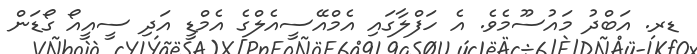
ޑރ. އަބްދު މައުސޫމެވެ. އެ ހަފްލާގައި އެމްއޭސީއެލްގެ އެމްޑީ އަދި ސީއީއޯ ގޯޑަން